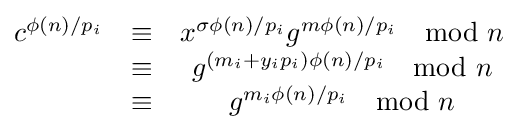
{\begin{matrix}c^{\phi (n)/p_{i}}&\equiv &x^{\sigma \phi (n)/p_{i}}g^{m\phi (n)/p_{i}}\mod n\\&\equiv &g^{(m_{i}+y_{i}p_{i})\phi (n)/p_{i}}\mod n\\&\equiv &g^{m_{i}\phi (n)/p_{i}}\mod n\end{matrix}}